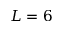
L = 6